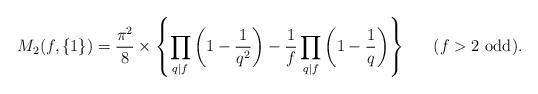
LaTeX: \begin{align*}M_2(f,\{1\})={\pi^2\over 8}\times\left\{\prod_{q\mid f}\left (1-{1\over q^2}\right )-{1\over f}\prod_{q\mid f}\left (1-{1\over q}\right )\right\}\ \ \ \ \ \hbox{($f>2$ odd)}.\end{align*}